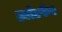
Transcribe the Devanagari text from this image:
उलेटफेर